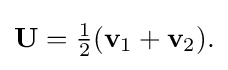
{\textstyle \mathbf {U} ={\tfrac {1}{2}}(\mathbf {v} _{1}+\mathbf {v} _{2}).}